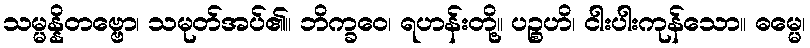
သမ္မန္နိတဗ္ဗော၊ သမုတ်အပ်၏။ ဘိက္ခဝေ၊ ရဟန်းတို့။ ပဉ္စဟိ၊ ငါးပါးကုန်သော။ ဓမ္မေ၊